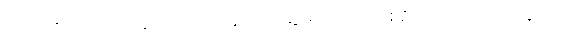
သာဝတ္ထိယံ၊ သာဝတ္ထိပြည်သို့။ ပိဏ္ဍာယ၊ ဆွမ်းအလို့ငှာ။ စရိတုံ၊ လှည့်လည်ခြင်းငှာ။